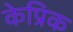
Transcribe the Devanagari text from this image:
केप्रिक